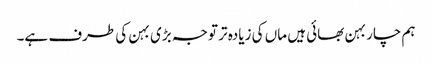
ہم چار بہن بھائی ہیں ماں کی زیادہ تر توجہ بڑی بہن کی طرف ہے۔